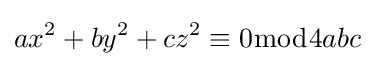
ax^{2}+by^{2}+cz^{2}\equiv 0{\bmod {4abc}}